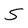
Character: S